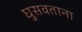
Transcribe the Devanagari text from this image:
घुसवताना